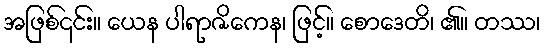
အဖြစ်၎င်း။ ယေန ပါရာဇိကေန၊ ဖြင့်။ စောဒေတိ၊ ၏။ တဿ၊